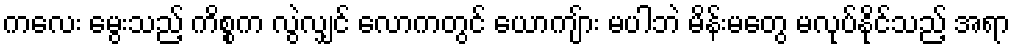
ကလေး မွေးသည့် ကိစ္စက လွဲလျှင် လောကတွင် ယောကျ်ား မပါဘဲ မိန်းမတွေ မလုပ်နိုင်သည့် အရာ